Indian journal of veterinary science and animal husbandry - Volume 12,
Year: 1942
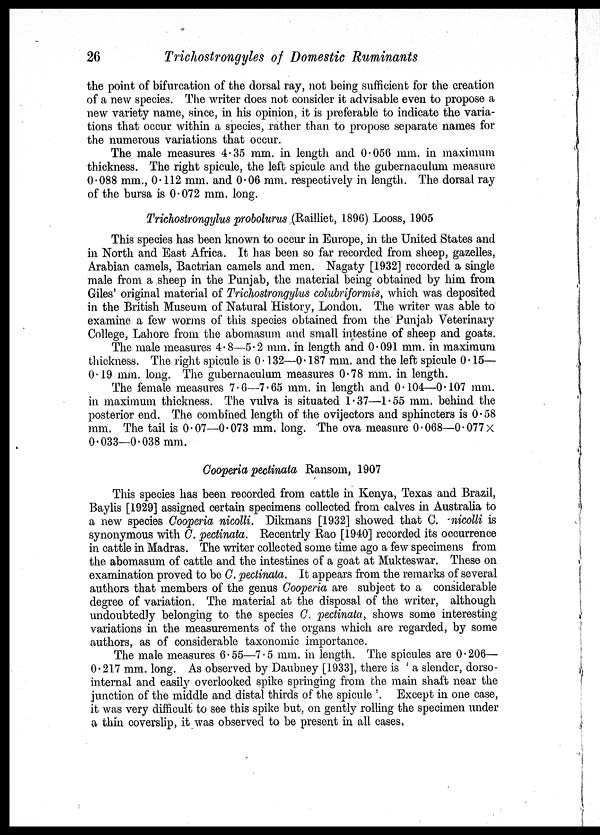
26
Trichostrongyles of Domestic Ruminants
the point of bifurcation of the dorsal ray, not being sufficient for the creation
of a new species. The writer does not consider it advisable even to propose a
new variety name, since, in his opinion, it is preferable to indicate the varia-
tions that occur within a species, rather than to propose separate names for
the numerous variations that occur.
The male measures 4.35 mm. in length and 0.056 mm. in maximum
thickness. The right spicule, the left spicule and the gubernaculum measure
0.088 mm., 0.112 mm. and 0.06 mm. respectively in length. The dorsal ray
of the bursa is 0.072 mm. long.
Trichostrongylus probolurus (Railliet, .1896) Looss, 1905
This species has been known to occur in Europe, in the United States and
in North and East Africa. It has been so far recorded from sheep, gazelles,
Arabian camels, Bactrian camels and men. Nagaty [1932] recorded a single
male from a sheep in the Punjab, the material being obtained by him from
Giles' original material of Trichostrongylus colubriformis, which was deposited
in the British Museum of Natural History, London. The writer was able to
examine a few worms of this species obtained from the Punjab Veterinary
College, Lahore from the abomasum and small intestine of sheep and goats.
The male measures 4. 8—5.2 mm. in length and 0.091 mm. in maximum
thickness. The right spicule is 0.132—0.187 mm. and the left spicule 0.15—
0.19 mm. long. The gubernaculum measures 0.78 mm. in length.
The female measures 7.6—7.65 mm. in length and 0.104—0.107 mm.
in maximum thickness. The vulva is situated 1.37—1.55 mm. behind the
posterior end. The combined length of the ovijectors and sphincters is 0.58
mm. The tail is 0.07—0.073 mm. long. The ova measure 0.068—0.077 ×
0.033—0.038 mm.
Cooperia pectinata Ransom, 1907
This species has been recorded from cattle in Kenya, Texas and Brazil,
Baylis [1929] assigned certain specimens collected from calves in Australia to
a new species Cooperia nicolli. Dikmans [1932] showed that C. nicolli is
synonymous with C. pectinata. Recentrly Rao [1940] recorded its occurrence
in cattle in Madras. The writer collected some time ago a few specimens from
the abomasum of cattle and the intestines of a goat at Mukteswar. These on
examination proved to be C. pectinata. It appears from the remarks of several
authors that members of the genus Cooperia are subject to a considerable
degree of variation. The material at the disposal of the writer, although
undoubtedly belonging to the species C. pectinata, shows some interesting
variations in the measurements of the organs which are regarded, by some
authors, as of considerable taxonomic importance.
The male measures 6.55—7.5 mm. in length. The spicules are 0.206—
0.217 mm. long. As observed by Daubney [1933], there is ' a slender, dorso
internal and easily overlooked spike springing from the main shaft near the
junction of the middle and distal thirds of the spicule '. Except in one case,
it was very difficult to see this spike but, on gently rolling the specimen under
a thin coverslip, it was observed to be present in all cases.